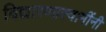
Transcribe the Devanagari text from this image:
विद्यारण्य़स्वामींनी